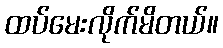
ထပ်မေးလိုက်မိတယ်။